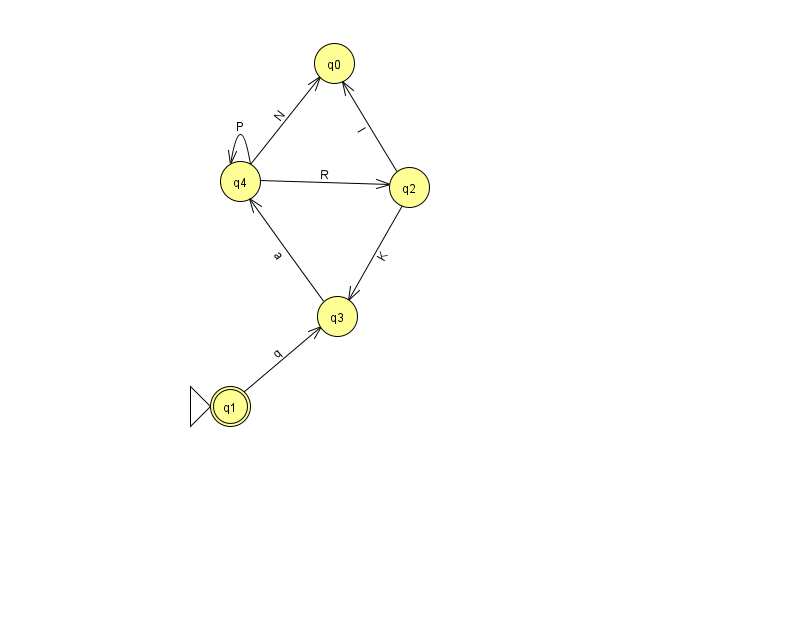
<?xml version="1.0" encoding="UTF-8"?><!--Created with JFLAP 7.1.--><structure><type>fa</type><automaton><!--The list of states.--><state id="0" name="q0"><x>334.0</x><y>50.0</y></state><state id="1" name="q1"><x>230.0</x><y>393.0</y><initial/><final/></state><state id="2" name="q2"><x>409.0</x><y>174.0</y></state><state id="3" name="q3"><x>337.0</x><y>303.0</y></state><state id="4" name="q4"><x>240.0</x><y>168.0</y></state><!--The list of transitions.--><transition><from>4</from><to>2</to><read>R</read></transition><transition><from>4</from><to>4</to><read>P</read></transition><transition><from>1</from><to>3</to><read>q</read></transition><transition><from>2</from><to>3</to><read>K</read></transition><transition><from>2</from><to>0</to><read>I</read></transition><transition><from>3</from><to>4</to><read>a</read></transition><transition><from>4</from><to>0</to><read>N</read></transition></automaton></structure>